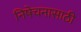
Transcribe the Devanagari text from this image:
निषेचनासाठी